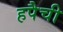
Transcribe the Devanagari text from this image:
हपैची